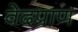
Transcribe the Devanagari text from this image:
वेदप्राण